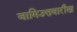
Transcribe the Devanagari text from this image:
जामिउत्तवारीख